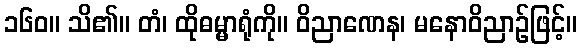
၁၆၀။ သိ၏။ တံ၊ ထိုဓမ္မာရုံကို။ ဝိညာဏေန၊ မနောဝိညာဉ်ဖြင့်။